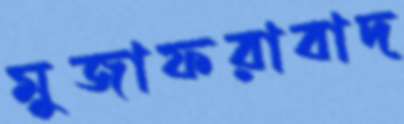
মুজাফরাবাদ